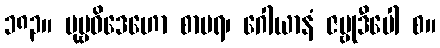
၁၈၃။ ပုဗ္ဗဝိဒေဟော စာပရ၊ ဂေါယာနံ ဇမ္ဗုဒီပေါ စ။